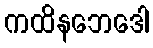
ကထိနဘေဒေါ